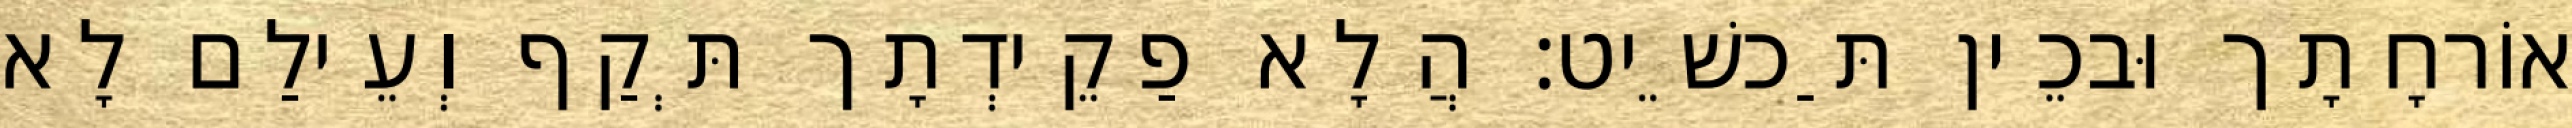
אוֹרחָתָך וּבכֵין תַּכשֵׁיט׃ הֲלָא פַקֵידְתָך תְּקַף וְעֵילַם לָא